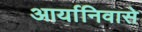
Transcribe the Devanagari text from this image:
आर्यानिवासे